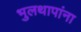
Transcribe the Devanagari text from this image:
भुलथापांना